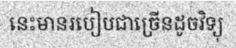
នេះមានរបៀបជាច្រើនដូចវិទ្យុ